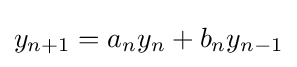
y_{n+1}=a_{n}y_{n}+b_{n}y_{n-1}